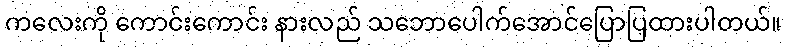
ကလေးကို ကောင်းကောင်း နားလည် သဘောပေါက်အောင်ပြောပြထားပါတယ်။